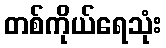
တစ်ကိုယ်ရေသုံး